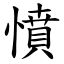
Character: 憤